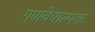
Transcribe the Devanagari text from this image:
गणवेषात्मक